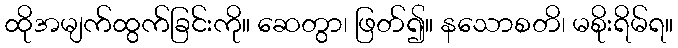
ထိုအမျက်ထွက်ခြင်းကို။ ဆေတွာ၊ ဖြတ်၍။ နသောစတိ၊ မစိုးရိမ်ရ။